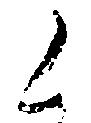
く